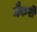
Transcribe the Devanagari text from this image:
नैकरी